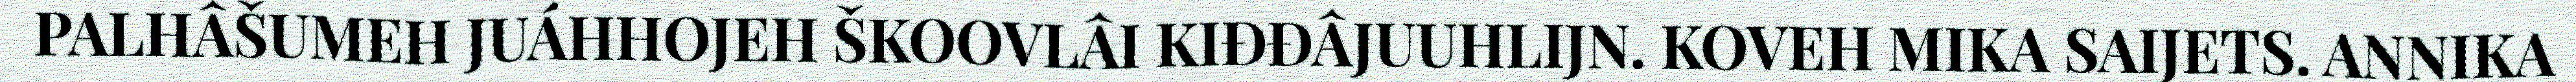
PALHÂŠUMEH JUÁHHOJEH ŠKOOVLÂI KIĐĐÂJUUHLIJN. KOVEH MIKA SAIJETS. ANNIKA